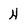
Character: H